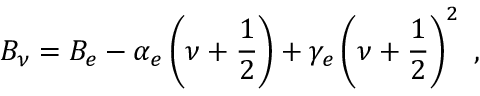
B _ { \nu } = B _ { e } - \alpha _ { e } \left( \nu + \frac 1 2 \right) + \gamma _ { e } \left( \nu + \frac 1 2 \right) ^ { 2 } \ ,